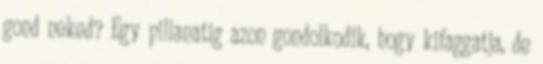
gond neked? Egy pillanatig azon gondolkodik, hogy kifaggatja, de